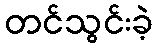
တင်သွင်းခဲ့